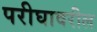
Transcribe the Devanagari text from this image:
परीघावरील